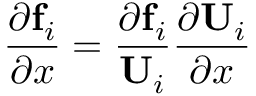
\frac { \partial \mathbf { f } _ { i } } { \partial x } = \frac { \partial \mathbf { f } _ { i } } { \mathbf { U } _ { i } } \frac { \partial \mathbf { U } _ { i } } { \partial x }